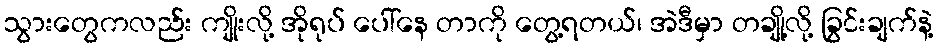
သွားတွေကလည်း ကျိုးလို့ အိုရုပ် ပေါ်နေ တာကို တွေ့ရတယ်၊ အဲဒီမှာ တချို့လို့ ခြွင်းချက်နဲ့